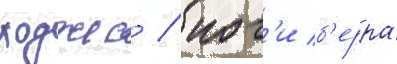
ходжес / иог'и б'ерра